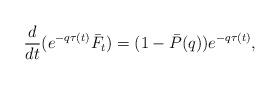
LaTeX: \begin{align*}\frac d{dt}(e^{-q \tau(t)}\bar F_t) =(1-\bar P(q))e^{-q\tau(t)}, \end{align*}